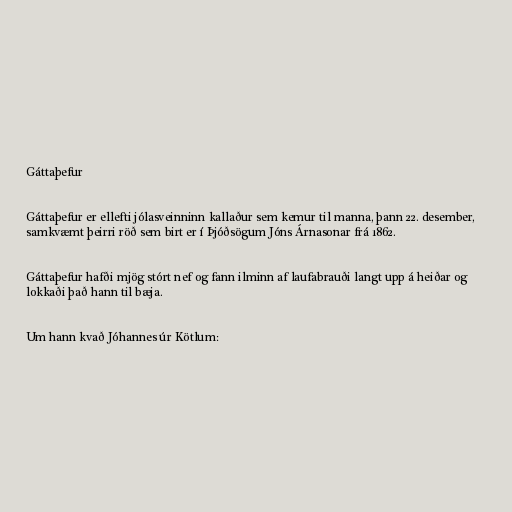
Gáttaþefur

Gáttaþefur er ellefti jólasveinninn kallaður sem kemur til manna, þann 22. desember,
samkvæmt þeirri röð sem birt er í Þjóðsögum Jóns Árnasonar frá 1862.

Gáttaþefur hafði mjög stórt nef og fann ilminn af laufabrauði langt upp á heiðar og
lokkaði það hann til bæja.

Um hann kvað Jóhannes úr Kötlum: